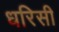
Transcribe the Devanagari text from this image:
धरिसी